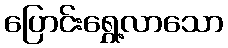
ပြောင်းရွှေ့လာသော